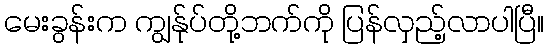
မေးခွန်းက ကျွန်ုပ်တို့ဘက်ကို ပြန်လှည့်လာပါပြီ။